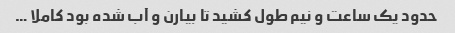
حدود یک ساعت و نیم طول کشید تا بیارن و آب شده بود کاملا …